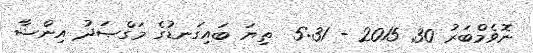
ނޮވެމްބަރު 30